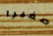
صغيرا